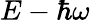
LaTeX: E-\hbar\omega